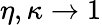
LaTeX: \eta,\kappa\to 1